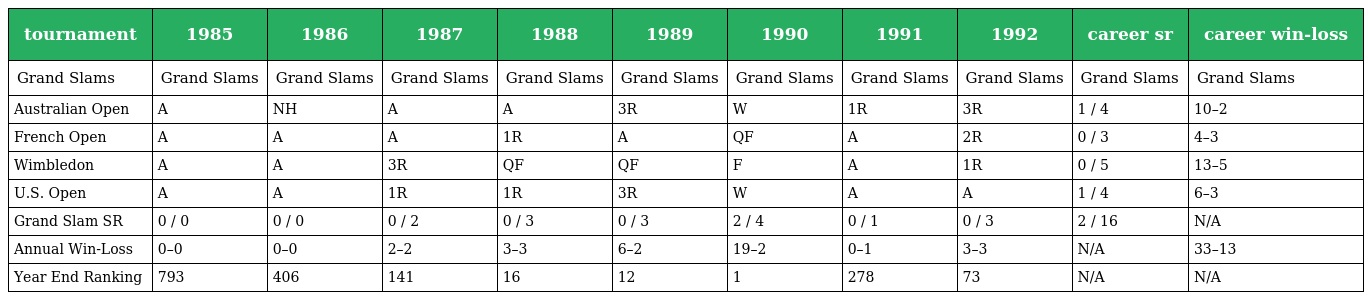
| tournament | 1985 | 1986 | 1987 | 1988 | 1989 | 1990 | 1991 | 1992 | career sr | career win-loss |
 | --- | --- | --- | --- | --- | --- | --- | --- | --- | --- | --- |
 | Grand Slams | Grand Slams | Grand Slams | Grand Slams | Grand Slams | Grand Slams | Grand Slams | Grand Slams | Grand Slams | Grand Slams | Grand Slams |
 | Australian Open | A | NH | A | A | 3R | W | 1R | 3R | 1 / 4 | 10–2 |
 | French Open | A | A | A | 1R | A | QF | A | 2R | 0 / 3 | 4–3 |
 | Wimbledon | A | A | 3R | QF | QF | F | A | 1R | 0 / 5 | 13–5 |
 | U.S. Open | A | A | 1R | 1R | 3R | W | A | A | 1 / 4 | 6–3 |
 | Grand Slam SR | 0 / 0 | 0 / 0 | 0 / 2 | 0 / 3 | 0 / 3 | 2 / 4 | 0 / 1 | 0 / 3 | 2 / 16 | N/A |
 | Annual Win-Loss | 0–0 | 0–0 | 2–2 | 3–3 | 6–2 | 19–2 | 0–1 | 3–3 | N/A | 33–13 |
 | Year End Ranking | 793 | 406 | 141 | 16 | 12 | 1 | 278 | 73 | N/A | N/A |